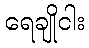
ရေချိုငါး